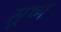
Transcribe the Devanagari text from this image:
सूष्म